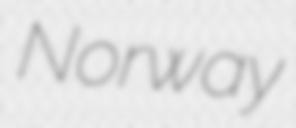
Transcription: Norway